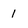
Character: 1